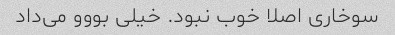
سوخاری اصلا خوب نبود. خیلی بووو می‌داد